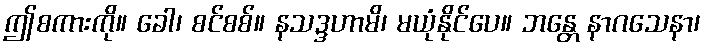
ဤစကားကို။ ခေါ၊ စင်စစ်။ နသဒ္ဒဟာမိ၊ မယုံနိုင်ပေ။ ဘန္တေ နာဂသေနာ၊